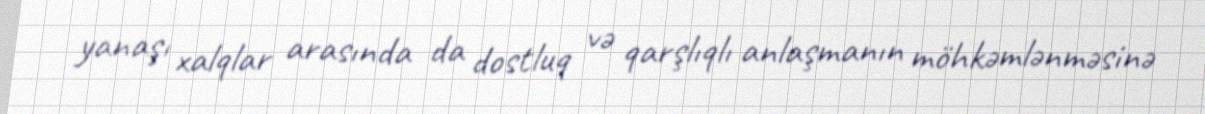
yanaşı xalqlar arasında da dostluq və qarşlıqlı anlaşmanın möhkəmlənməsinə